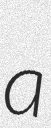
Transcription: a